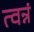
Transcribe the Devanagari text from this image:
त्वन्नं